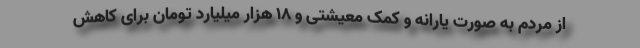
از مردم به صورت یارانه و کمک معیشتی و ۱۸ هزار میلیارد تومان برای کاهش